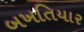
બખતિયાર